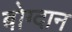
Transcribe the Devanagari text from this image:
बोग्दान